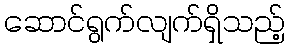
ဆောင်ရွက်လျက်ရှိသည့်